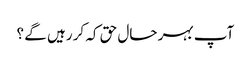
آپ بہر حال حق کہ کر رہیں گے ؟